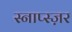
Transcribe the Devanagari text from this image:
स्नाप्स्ज़र